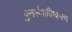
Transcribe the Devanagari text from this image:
पुनर्समाजिकरण